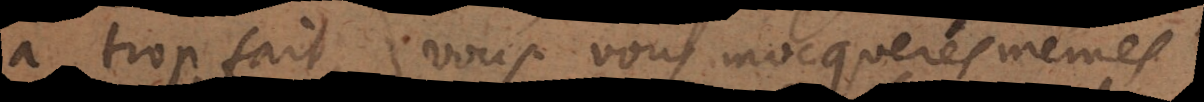
a trop fait, vous vous mocquerés mêmes